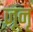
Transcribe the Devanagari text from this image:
जूनृं